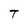
Character: T